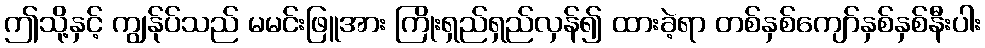
ဤသို့နှင့် ကျွန်ုပ်သည် မမင်းဖြူအား ကြိုးရှည်ရှည်လှန်၍ ထားခဲ့ရာ တစ်နှစ်ကျော်နှစ်နှစ်နီးပါး